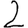
Digit: 2